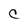
Character: C